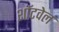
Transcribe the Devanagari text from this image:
शॉटवेल